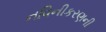
નવિનીકરણની